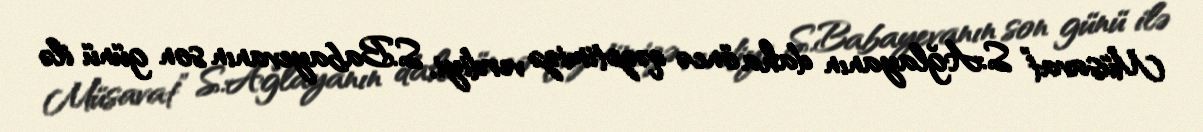
Müsavat” S.Ağlayanın daha öncə qəzetimizə verdiyi, S.Babayevanın son günü ilə